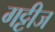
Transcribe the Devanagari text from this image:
गट्टीज